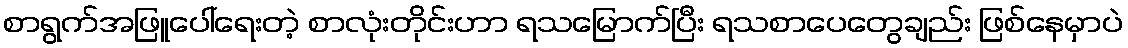
စာရွက်အဖြူပေါ်ရေးတဲ့ စာလုံးတိုင်းဟာ ရသမြောက်ပြီး ရသစာပေတွေချည်း ဖြစ်နေမှာပဲ